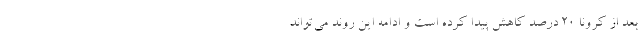
بعد از کرونا ۲۰ درصد کاهش پیدا کرده است و ادامه این روند می‌تواند